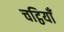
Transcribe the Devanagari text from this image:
चट्ठियाँ